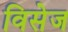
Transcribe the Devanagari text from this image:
विसेज